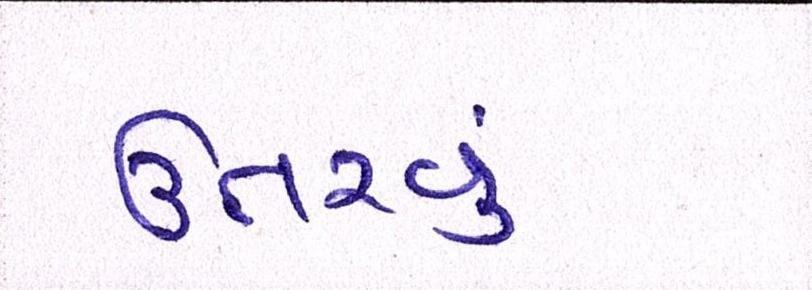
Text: ઉતરવું